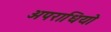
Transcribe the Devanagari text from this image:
अपराधियो